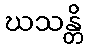
ဃသန္တိ